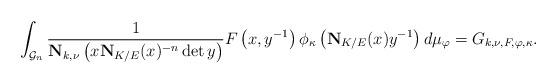
LaTeX: \begin{align*}\int_{\mathcal{G}_n}\frac{1}{\mathbf{N}_{k, \nu}\left(x\mathbf{N}_{K/E}(x)^{-n}\det y\right)}F\left(x, y^{-1}\right)\phi_\kappa\left(\mathbf{N}_{K/E}(x)y^{-1}\right)d\mu_\varphi = G_{k, \nu, F, \varphi, \kappa}.\end{align*}